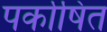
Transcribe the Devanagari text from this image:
पर्काषित